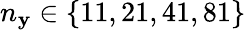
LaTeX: n_{\mathbf{y}}\in\{ 11,21,41,81\}